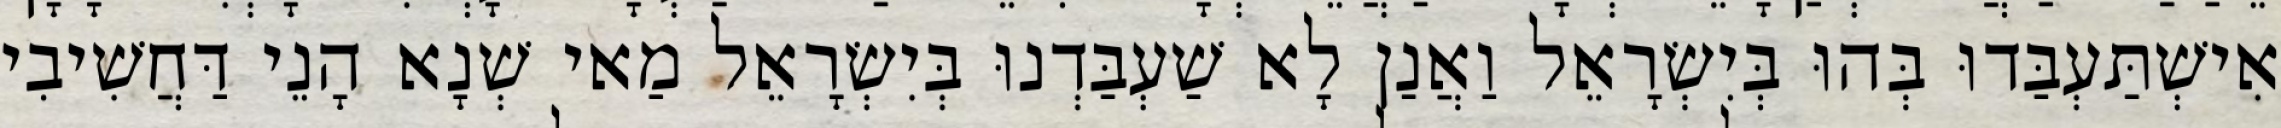
אִישְׁתַּעְבַּדוּ בְּהוּ בְּיִשְׂרָאֵל וַאֲנַן לָא שַׁעְבַּדְנוּ בְּיִשְׂרָאֵל מַאי שְׁנָא הָנֵי דַּחֲשִׁיבִי